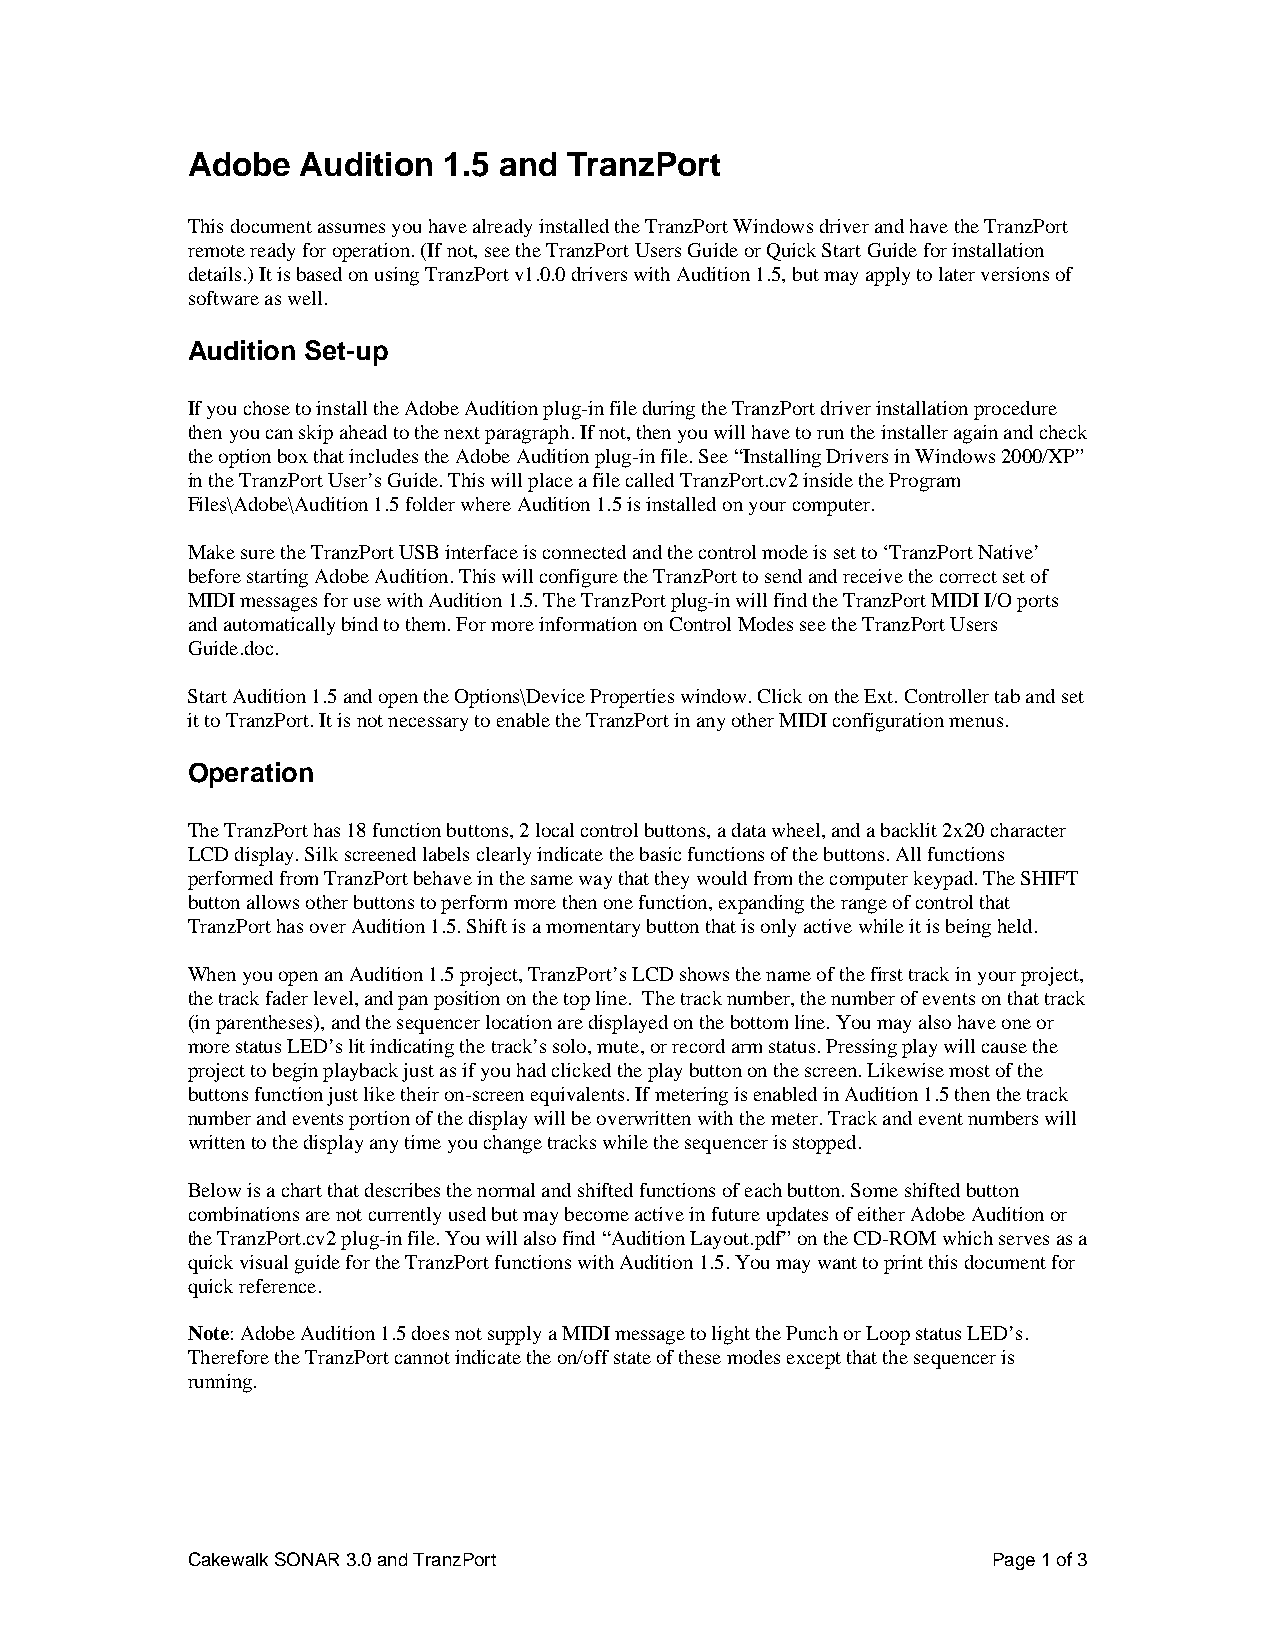
Adobe   Audition 1.5 and  TranzPort
 This document assumes you have already installed the TranzPort Windows driver and have the TranzPort
 remote ready for operation. (If not, see the TranzPort Users Guide or Quick Start Guide for installation
 details.) It is based on using TranzPort v1.0.0 drivers with Audition 1.5, but may apply to later versions of
 software as well.
 Audition Set-up
 If you chose to install the Adobe Audition plug-in file during the TranzPort driver installation procedure
 then you can skip ahead to the next paragraph. If not, then you will have to run the installer again and check
 the option box that includes the Adobe Audition plug-in file. See “Installing Drivers in Windows 2000/XP”
 in the TranzPort User’s Guide. This will place a file called TranzPort.cv2 inside the Program
 Files\Adobe\Audition 1.5 folder where Audition 1.5 is installed on your computer.
 Make sure the TranzPort USB interface is connected and the control mode is set to ‘TranzPort Native’
 before starting Adobe Audition. This will configure the TranzPort to send and receive the correct set of
 MIDI messages for use with Audition 1.5. The TranzPort plug-in will find the TranzPort MIDI I/O ports
 and automatically bind to them. For more information on Control Modes see the TranzPort Users
 Guide.doc.
 Start Audition 1.5 and open the Options\Device Properties window. Click on the Ext. Controller tab and set
 it to TranzPort. It is not necessary to enable the TranzPort in any other MIDI configuration menus.
 Operation
 The TranzPort has 18 function buttons, 2 local control buttons, a data wheel, and a backlit 2x20 character
 LCD display. Silk screened labels clearly indicate the basic functions of the buttons. All functions
 performed from TranzPort behave in the same way that they would from the computer keypad. The SHIFT
 button allows other buttons to perform more then one function, expanding the range of control that
 TranzPort has over Audition 1.5. Shift is a momentary button that is only active while it is being held.
 When you open an Audition 1.5 project, TranzPort’s LCD shows the name of the first track in your project,
 the track fader level, and pan position on the top line. The track number, the number of events on that track
 (in parentheses), and the sequencer location are displayed on the bottom line. You may also have one or
 more status LED’s lit indicating the track’s solo, mute, or record arm status. Pressing play will cause the
 project to begin playback just as if you had clicked the play button on the screen. Likewise most of the
 buttons function just like their on-screen equivalents. If metering is enabled in Audition 1.5 then the track
 number and events portion of the display will be overwritten with the meter. Track and event numbers will
 written to the display any time you change tracks while the sequencer is stopped.
 Below is a chart that describes the normal and shifted functions of each button. Some shifted button
 combinations are not currently used but may become active in future updates of either Adobe Audition or
 the TranzPort.cv2 plug-in file. You will also find “Audition Layout.pdf” on the CD-ROM which serves as a
 quick visual guide for the TranzPort functions with Audition 1.5. You may want to print this document for
 quick reference.
 Note: Adobe Audition 1.5 does not supply a MIDI message to light the Punch or Loop status LED’s.
 Therefore the TranzPort cannot indicate the on/off state of these modes except that the sequencer is
 running.
 Cakewalk SONAR 3.0 and TranzPort                      Page 1 of 3